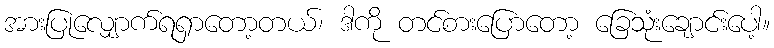
အားပြုလျှောက်ရရှာတော့တယ်၊ ဒါကို တင်စားပြောတော့ ခြေသုံးချောင်းပေါ့။